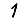
Digit: 1